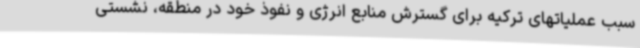
سبب عملیاتهای ترکیه برای گسترش منابع انرژی و نفوذ خود در منطقه، نشستی